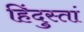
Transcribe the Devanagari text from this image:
हिंदुस्तां